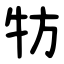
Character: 牥